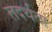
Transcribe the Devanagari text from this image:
तदर्थता